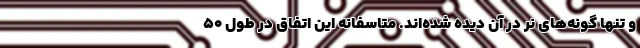
و تنها گونه‌های نر در آن دیده شده‌اند. متاسفانه این اتفاق در طول ۵۰